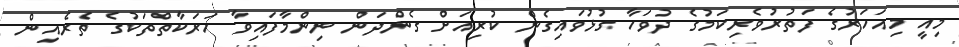
މިއީ މިއަހަރުގެ ފަތުރުވެރިކަމުގެ ދުވަހާ ގުޅުވައިގެން ކުރިއަށް ގެންދަން ނިންމާފައިވާ ހަރަކާތްތަކުގެ ތެރެއިން